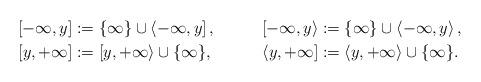
LaTeX: \begin{align*}&& [-\infty, y] &:= \{\infty\} \cup \left<-\infty, y\right],&&& \left[-\infty, y\right> &:= \{\infty\} \cup \left<-\infty, y\right>,&& \\&&[y, +\infty] &:= \left[y, +\infty\right> \cup \{\infty\},&&&\left<y, +\infty\right] &:= \left<y, +\infty\right> \cup \{\infty\}.&&\end{align*}